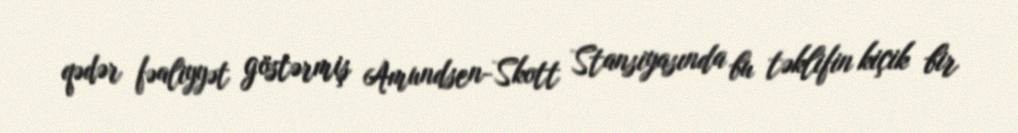
qədər fəaliyyət göstərmiş Amundsen-Skott Stansiyasında bu təklifin kiçik bir